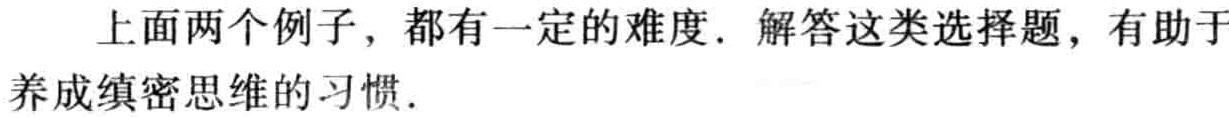
上面两个例子，都有一定的难度. 解答这类选择题，有助于养成缜密思维的习惯.